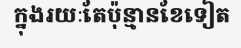
ក្នុងរយៈតែប៉ុន្មានខែទៀត